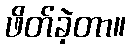
ဖိတ်ခဲ့တာ။